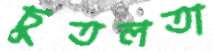
চুতলতা